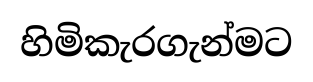
හිමිකැරගැන්මට